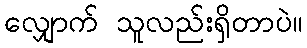
လျှောက် သူလည်းရှိတာပဲ။